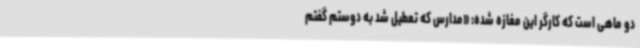
دو ماهی است که کارگر این مغازه شده: «مدارس که تعطیل شد به دوستم گفتم